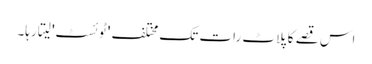
اس قصے کا پلاٹ رات تک مختلف 'ٹوئسٹ' لیتا رہا۔